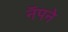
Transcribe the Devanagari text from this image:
नॅपने